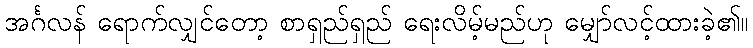
အင်္ဂလန် ရောက်လျှင်တော့ စာရှည်ရှည် ရေးလိမ့်မည်ဟု မျှော်လင့်ထားခဲ့၏။